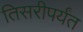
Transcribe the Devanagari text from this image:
तिसरीपर्यंत